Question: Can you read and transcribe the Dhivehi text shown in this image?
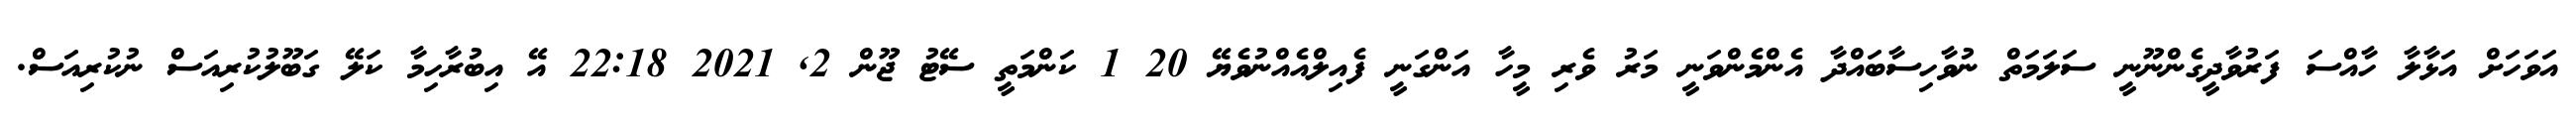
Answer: އަވަހަށް އަޅާލާ ހާއްސަ ފަރުވާދީގެންނޫނީ ސަލަމަތް ނުވާހިސާބައްދާ އެންމެންވަނީ މަރު ވެރި މީހާ އަންގަނީ ފެއިލްއެއްނުވެޔޭ 20 1 ކަންމަތީ ސޭޓު ޖޫން 2, 2021 22:18 އޭ އިބުރާހިމާ ކަލޭ ގަބޫލުކުރިއަސް ނުކުރިއަސް.